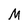
Character: M